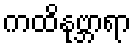
ကထိနုဗ္ဘာရာ